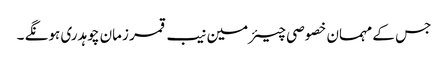
جس کے مہمان خصوصی چیئرمین نیب قمر زمان چوہدری ہونگے ۔